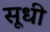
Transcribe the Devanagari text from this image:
सूधी